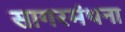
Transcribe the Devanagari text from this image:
सागरमंथना